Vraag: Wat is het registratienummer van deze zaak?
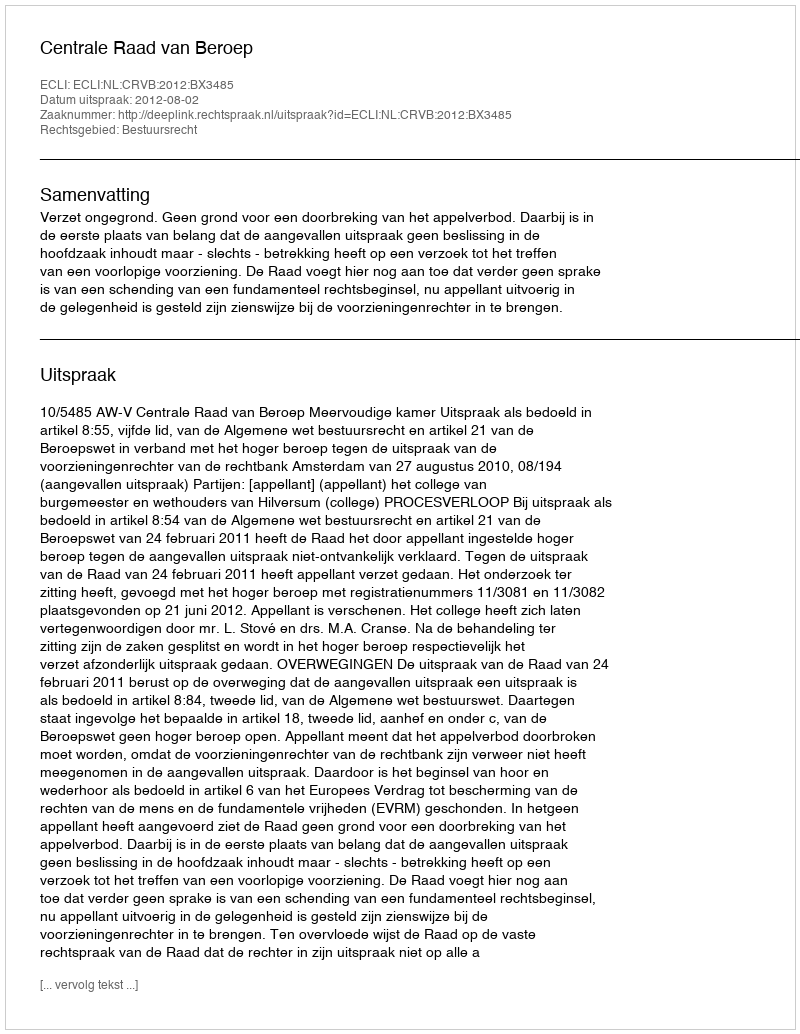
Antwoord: http://deeplink.rechtspraak.nl/uitspraak?id=ECLI:NL:CRVB:2012:BX3485